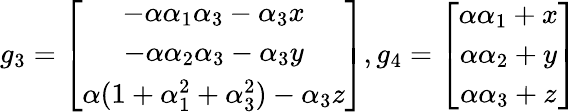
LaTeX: g_{3}=\left[\begin{array}{ccc}{-\alpha\alpha_{1}\alpha_{3}-\alpha_{3}x}\\ {-\alpha\alpha_{2}\alpha_{3}-\alpha_{3}y}\\ {\alpha(1+\alpha_{1}^{2}+\alpha_{3}^{2})-\alpha_{3}z}\end{array}\right],g_{4}=\left[\begin{array}{ccc}{\alpha\alpha_{1}+x}\\ {\alpha\alpha_{2}+y}\\ {\alpha\alpha_{3}+z}\end{array}\right]